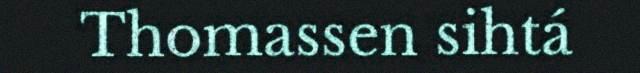
Thomassen sihtá